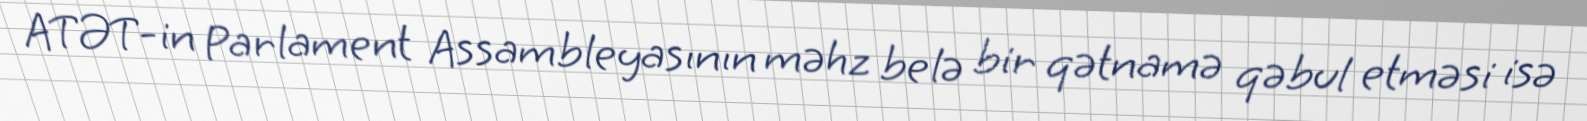
ATƏT-in Parlament Assambleyasının məhz belə bir qətnamə qəbul etməsi isə